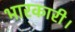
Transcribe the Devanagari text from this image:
भारकारी।